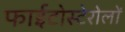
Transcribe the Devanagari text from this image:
फाईटोस्टेरोलों